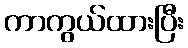
ကာကွယ်ထားပြီး